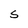
Character: S